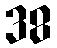
38